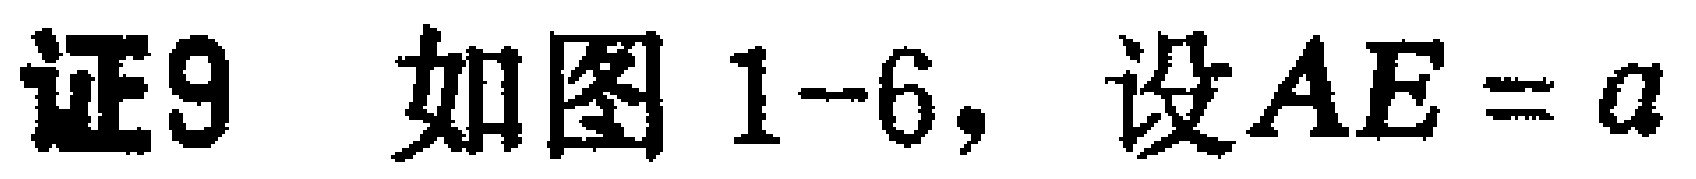
证9 如图1-6，设\(AE = a\)